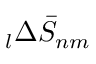
\phantom { } _ { l } \Delta \bar { S } _ { n m }